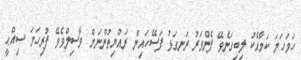
ހަމަހަމަ ކަމާއެކު ލިބިގަނެވޭ ފެންވަރު ރަނގަޅު ފަސޭހައިން ރައްޔިތުންނަށް ވާސިލްވެވޭ ފުރިހަމަ ޞިއްޙީ